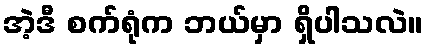
အဲ့ဒီ စက်ရုံက ဘယ်မှာ ရှိပါသလဲ။